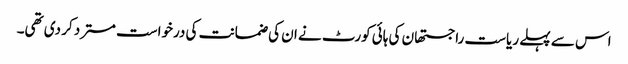
اس سے پہلے ریاست راجستھان کی ہائی کورٹ نے ان کی ضمانت کی درخواست مسترد کر دی تھی۔